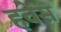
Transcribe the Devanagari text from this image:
हवेस